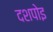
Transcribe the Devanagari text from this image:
दशपोइ